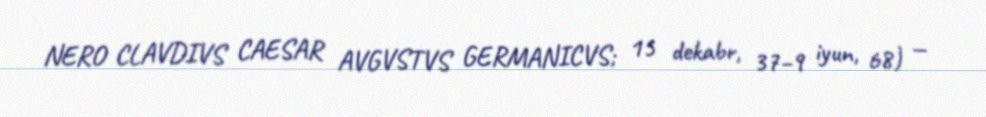
NERO CLAVDIVS CAESAR AVGVSTVS GERMANICVS; 15 dekabr, 37–9 iyun, 68) —